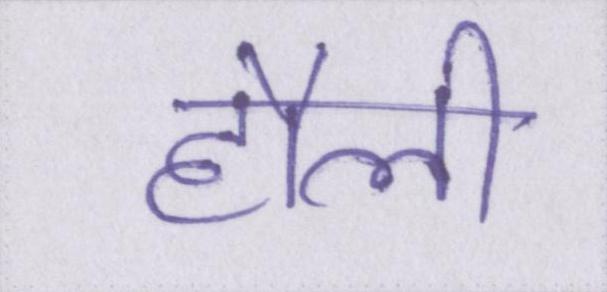
हौली